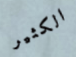
الكثير